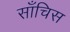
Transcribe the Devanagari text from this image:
साँचिस